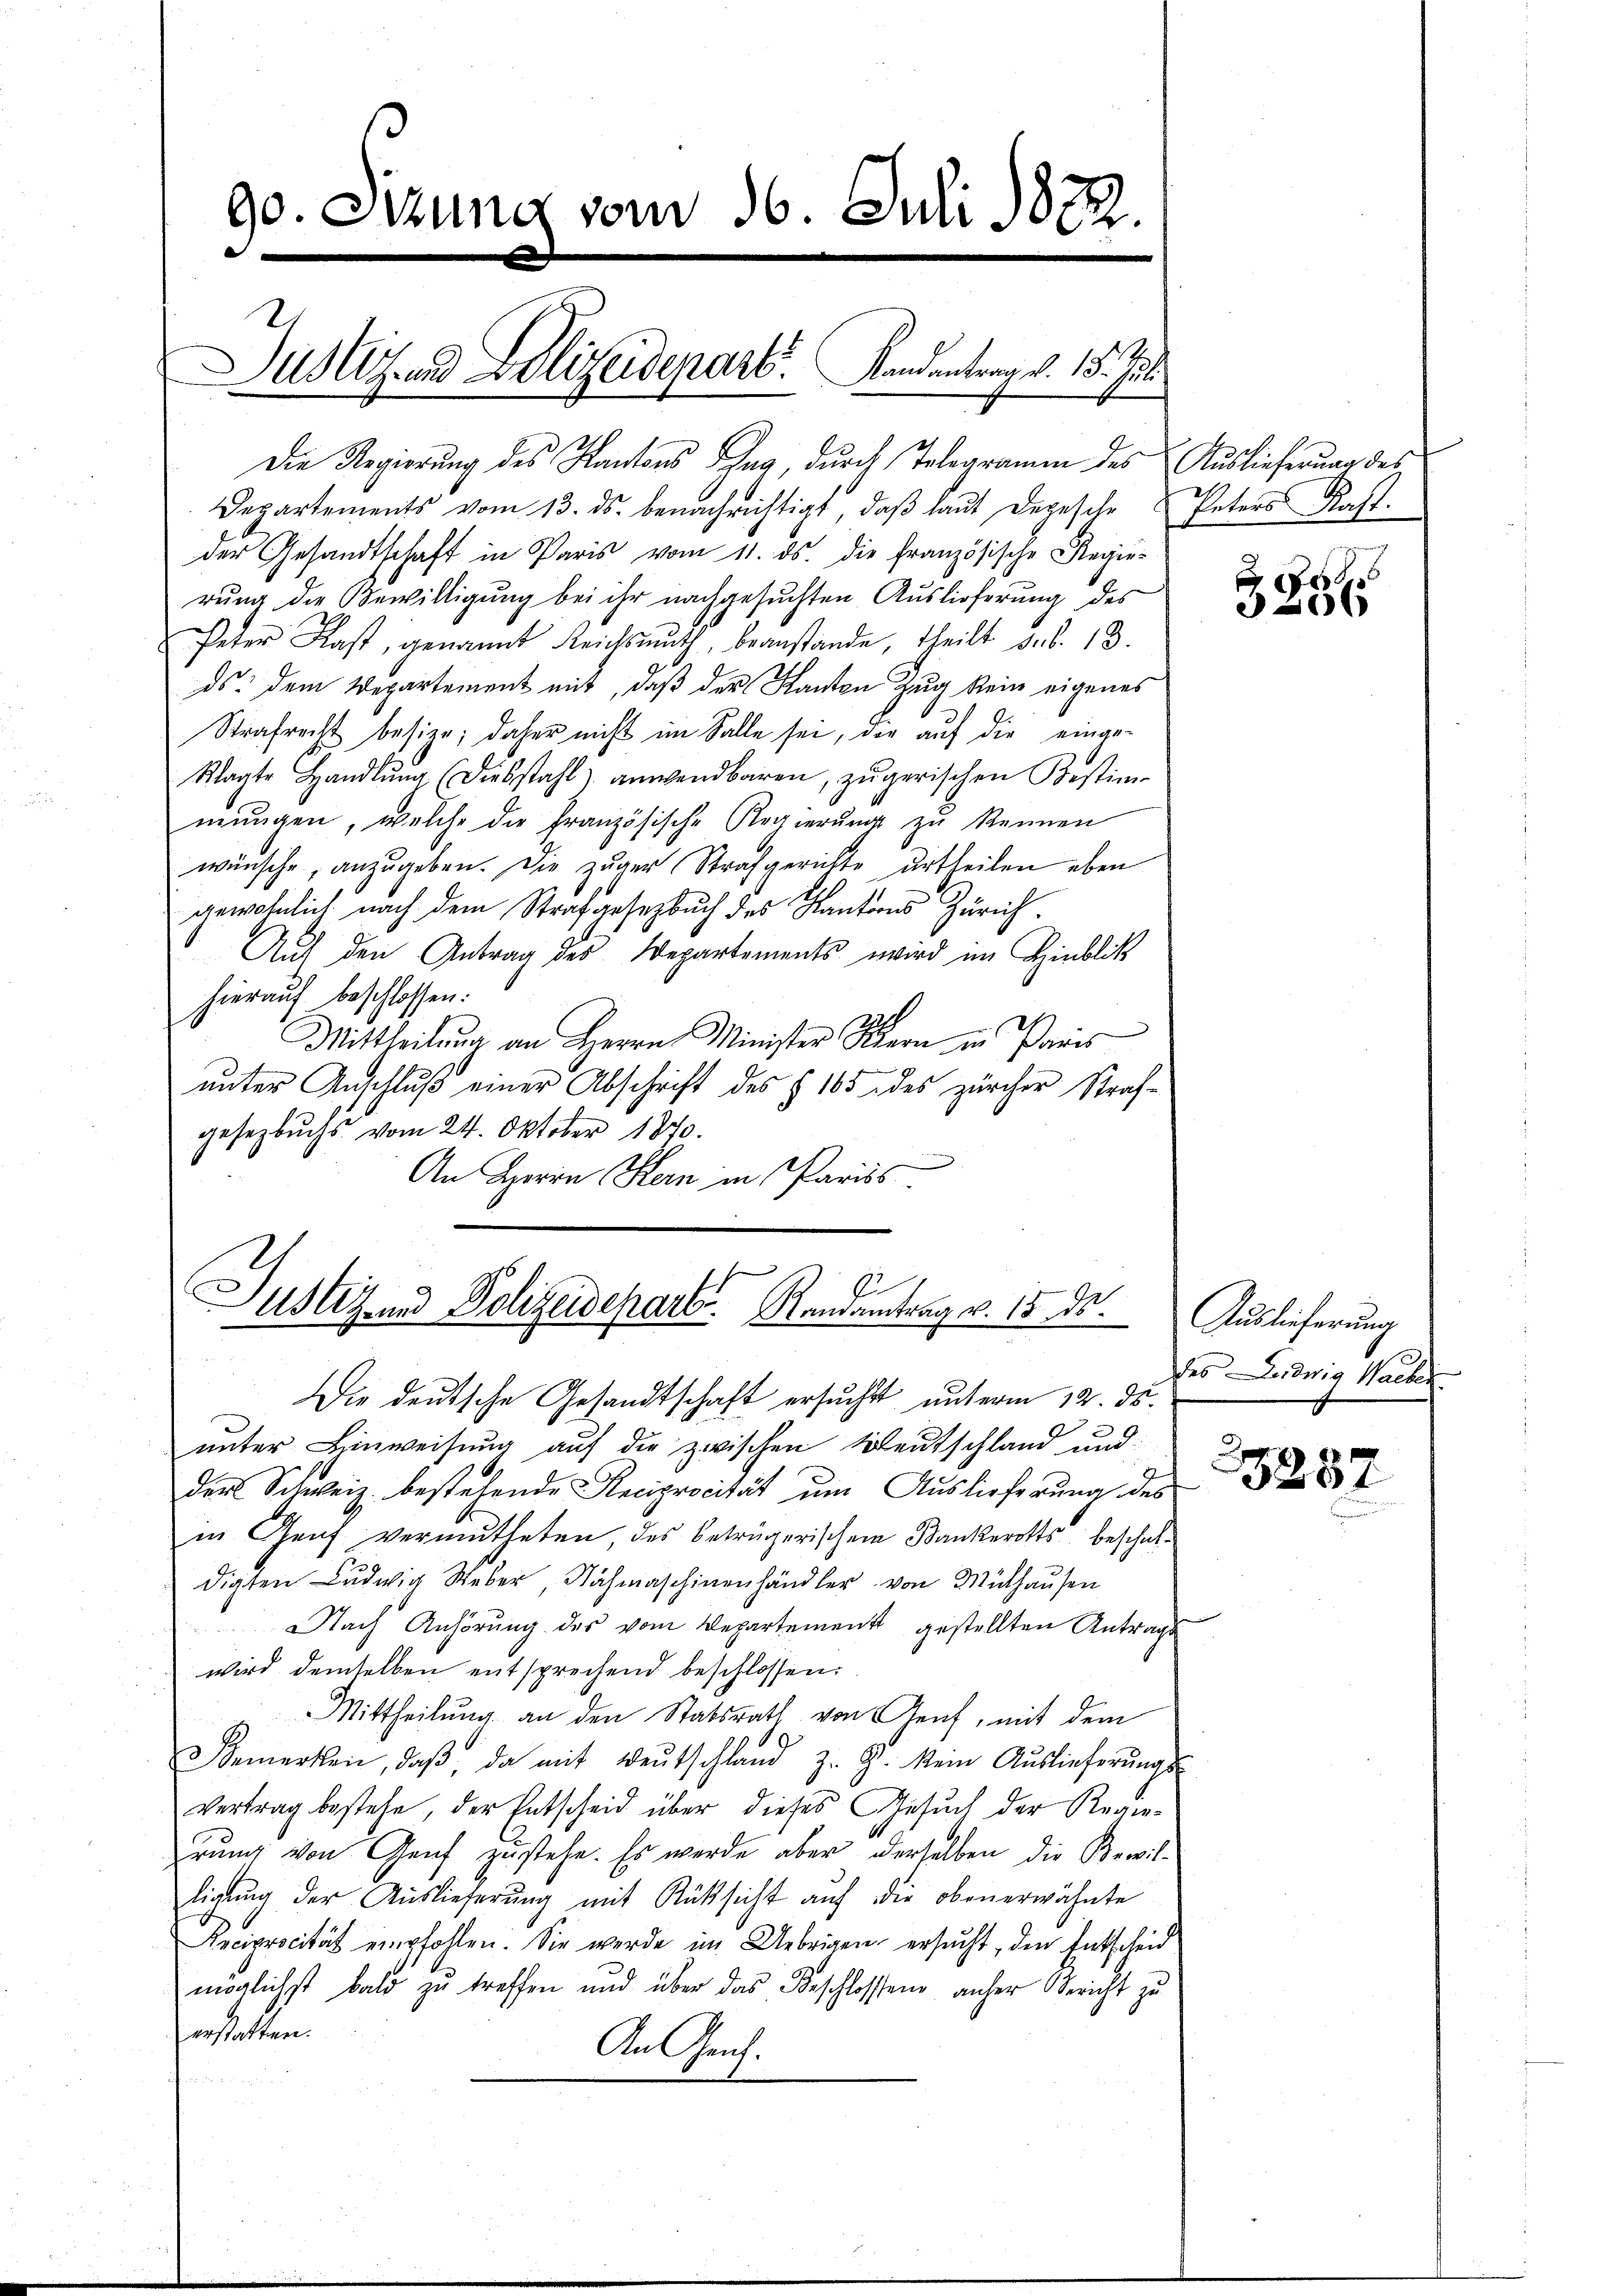
90. Sizung vom 16. Juli 1822.

Die Regierung des Kantons Tag, durch Telegramm des Auslieferung des
Departements vom 13. ds. benachrichtigt, daβ laŭt Depesche & Peters Kast.
der Gesandtschaft in Paris vom 11. ds. die französische Regierung die Bewilligung bei ihr nachgesuchten Auslieferung des
Peter Last, genannt Reichsmuth, beanstande, theilt sub. 13.
9
ds. dem Departement mit, daß der Kanton Zug kein eigenes
Strafrecht besize; daher nicht im Falle sei, die auf die einge-
klagte Handlŭng (Diesstahl) anwendbaren, zŭgerischen Bestim-
mŭngen, welche die französische Regierŭng zŭ kennen
wünsche, anzugeben. Die zuger Strafgerichte urtheilen eben
gewöhnlich nach dem Strafgesetzbuch des Kantons Zürich.
Auf den Antrag des Departements wird im Hinblik
hierauf beschlossen:
Mittheilung an Herrn Minister Stern in Paris
unter Anschluß einer Abschrift des § 105 des zürcher Straf-
gesetzbuchs vom 24. Oktober 1870.
An Herrn Hern in Paris.

us- und Polizeidepart. Landantrag v. 15. Ju

Justiz und Polizeideparte. Randantrag v. 15. ds.

Die deutsche Gesandtschaft ersucht unterm 12. ds.
unter Hinweisung auf die zwischen Beutschland und:
der Schweiz bestehende Reciprocität um Auslieferung des
in Genf vermutheten, des beträgerischem Bankerotts beschafdigten Ludwig Weber Nähmaschinenhändler von Mülhausen
Nach Anhörung des vom Departement gestellten Antrage
wird demselben entsprechend beschlossen:
Mittheilung an den Statsrath von Aeuf, mit dem
Bemerken, daβ, da mit Beŭtschland z. Z. kein Aŭslieferŭngs-
vertrag bestehe, der Entscheid über dieses Gesŭch der Regie-
rung von Genf zustehe. Es werde aber derselben die Bewilligŭng der Auslieferŭng mit Rüksicht auf die obenerwähnte
Reciprocität empfohlen. Sie werde im Uebrigen ersucht, den Entscheid
möglichst bald zu treffen und über das Beschlossen anher Bericht zu
erstatten.
An Zeich.

e
06

Auslieferung
des Ludwig Waiber.

287